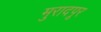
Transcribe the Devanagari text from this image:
मुरादपूर